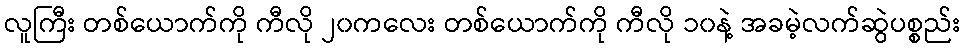
လူကြီး တစ်ယောက်ကို ကီလို ၂၀ကလေး တစ်ယောက်ကို ကီလို ၁၀နဲ့ အခမဲ့လက်ဆွဲပစ္စည်း